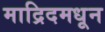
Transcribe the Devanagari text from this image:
माद्रिदमधून